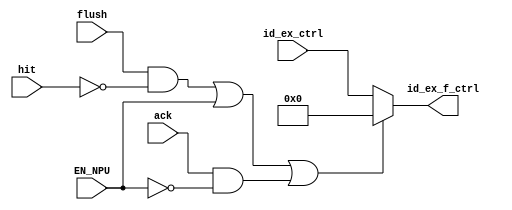
module ID_EX_FLUSH
(
    input           flush           ,
    input           hit             ,
    input   [5:0]   id_ex_ctrl      ,
    input           EN_NPU          ,
    input           ack             ,

    output  [5:0]   id_ex_f_ctrl
);

    //  EN_NPU ->  matr  72 -> 0     
    // (ack && !EN_NPU)   ->   matr  72 -> 0     
    //    >     6/10 4:30 am    
    assign id_ex_f_ctrl = ((flush && !hit) || EN_NPU || (ack && !EN_NPU)) ? 6'b0 : id_ex_ctrl;
    
endmodule